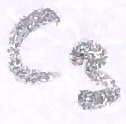
Text: C3